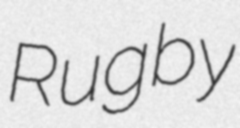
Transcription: Rugby